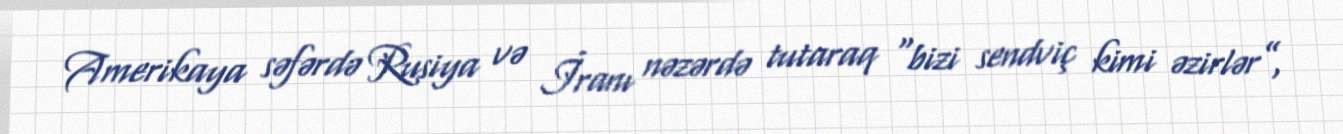
Amerikaya səfərdə Rusiya və İranı nəzərdə tutaraq “bizi sendviç kimi əzirlər”,